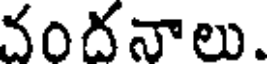
వందనాలు.